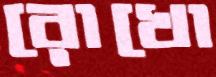
রোখো